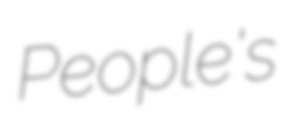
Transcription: People's